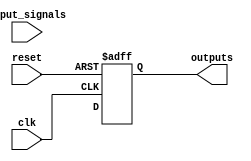
module gray_code_state_machine (
    input wire clk,
    input wire reset,
    input wire [N-1:0] input_signals,
    output wire [N-1:0] outputs
);

parameter N = 4; // Number of bits in state encoding
parameter INIT_STATE = N'b0001; // Initial state

// State encoding using Gray code
reg [N-1:0] state, next_state;

// State transition logic
always @ (posedge clk or posedge reset) begin
    if (reset) begin
        state <= INIT_STATE;
    end else begin
        state <= next_state;
    end
end

// Next state logic block
always @ (*) begin
    case(state)
        INIT_STATE: begin
            // Define state transitions based on input signals
            // For example:
            // if (input_signals == 4'b0000) begin
            //     next_state = N'b0010;
            // end else if (input_signals == 4'b0001) begin
            //     next_state = N'b0100;
            // end
        end
        // Define state transitions for other states here
    endcase
end

// Output generation based on current state
assign outputs = state;

endmodule